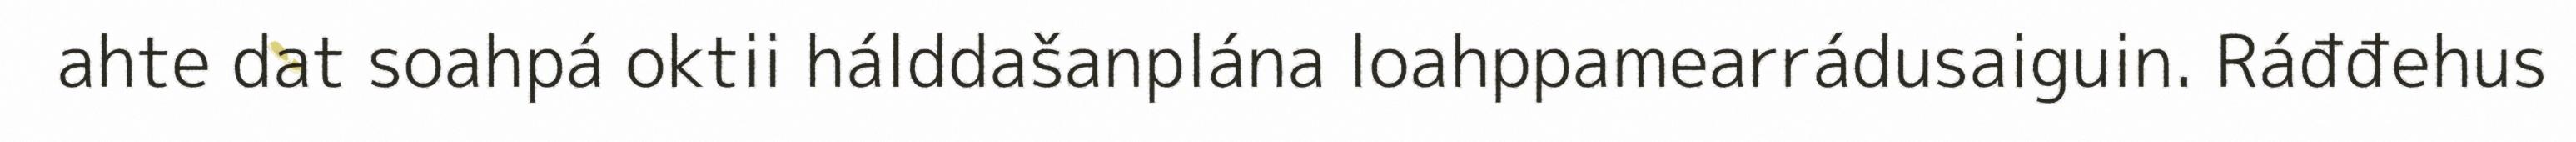
ahte dat soahpá oktii hálddašanplána loahppamearrádusaiguin. Ráđđehus